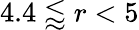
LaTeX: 4.4\lessapprox r<5